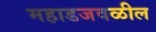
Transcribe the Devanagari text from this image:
महाडजवळील